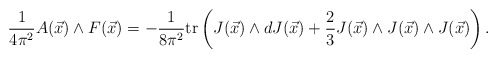
\begin{align*}\frac{1}{4\pi^2}A(\vec x)\wedge F(\vec x)=-\frac{1}{8\pi^2}{\rm tr}\left(J(\vec x)\wedge dJ(\vec x)+\frac{2}{3}J(\vec x)\wedge J(\vec x)\wedge J(\vec x)\right).\end{align*}